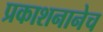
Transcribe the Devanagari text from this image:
प्रकाशनानेच